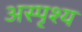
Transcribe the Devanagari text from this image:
अस्पृश्‍य